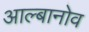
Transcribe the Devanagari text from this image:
आल्बानोव